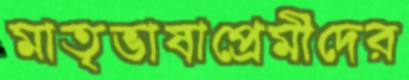
মাতৃভাষাপ্রেমীদের